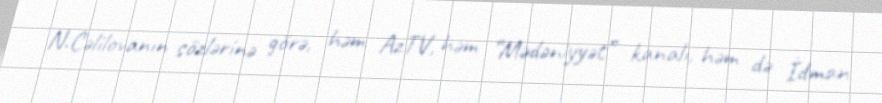
N.Cəlilovanın sözlərinə görə, həm AzTV, həm “Mədəniyyət” kanalı, həm də İdman